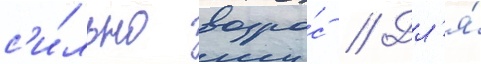
с'и́льно возро́с // Дл'я́